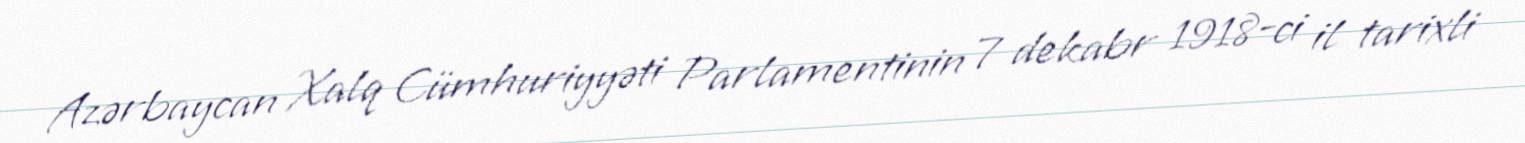
Azərbaycan Xalq Cümhuriyyəti Parlamentinin 7 dekabr 1918-ci il tarixli